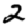
Digit: 2